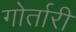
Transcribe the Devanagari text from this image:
गोर्तारी